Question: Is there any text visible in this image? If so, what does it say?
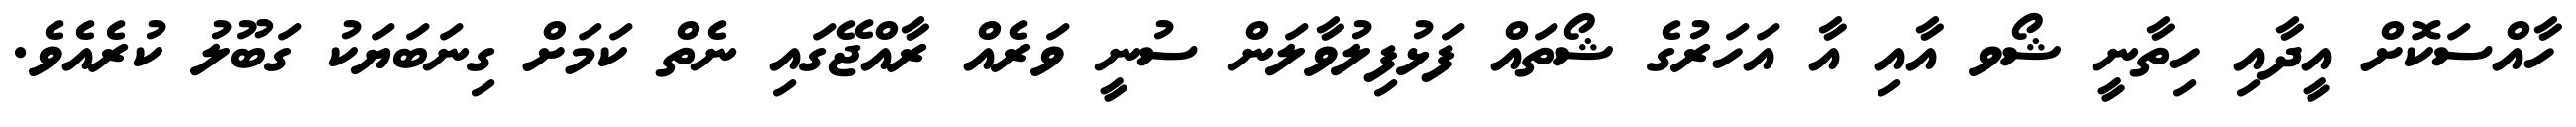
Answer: ހާއްސަކޮށް އީދާއި ހިތާނީ ޝޯވ އާއި އާ އަހަރުގެ ޝޯތައް ފަޅުފިލުވާލަން ސުނީ ވަރެއް ރާއްޖޭގައި ނެތް ކަމަށް ގިނަބަޔަކު ގަބޫލު ކުރެއެވެ.